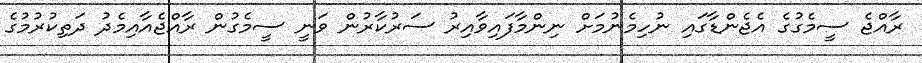
ރާއްޖެ ސީމެގުގެ އެޖެންޑާގައި ނުހިމެނުމަށް ނިންމާފައިވާއިރު ސަރުކާރުން ވަނީ ސީމެގުން ރާއްޖެއާއިމެދު ދަތިކުރުމުގެ